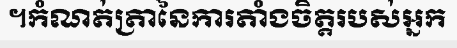
។កំណត់ត្រានៃការតាំងចិត្តរបស់អ្នក